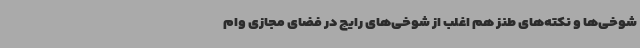
شوخی‌ها و نکته‌های طنز هم اغلب از شوخی‌های رایج در فضای مجازی وام